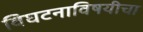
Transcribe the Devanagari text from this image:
विघटनाविषयीचा